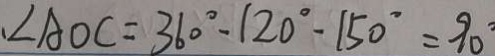
\cdot \angle A O C = 3 6 0 ^ { \circ } - 1 2 0 ^ { \circ } - 1 5 0 ^ { \circ } = 9 0 ^ { \circ }